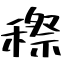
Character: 穄